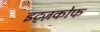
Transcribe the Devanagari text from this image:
इट्ज़कोफ